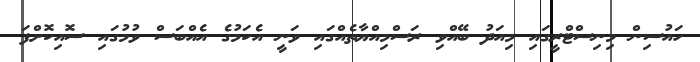
ހައުސިން މިނިސްޓްރީގައި މިއަދު ބޭއްވި ރަސްމިއްޔާތެއްގައި ވަނީ އެކަމުގެ އެއްބަސް ވުމުގައި ސޮއިކޮށްފަ